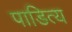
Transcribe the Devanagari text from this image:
पाडित्य